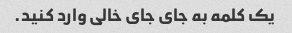
یک کلمه به جای جای خالی وارد کنید.